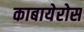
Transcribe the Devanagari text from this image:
काबायेरोस